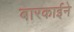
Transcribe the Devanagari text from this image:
बारकार्इने